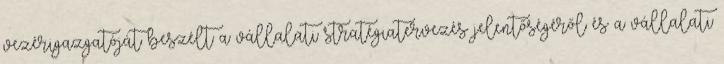
vezérigazgatóját beszélt a vállalati stratégiatervezés jelentőségéről és a vállalati